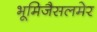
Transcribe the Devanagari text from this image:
भूमिजैसलमेर